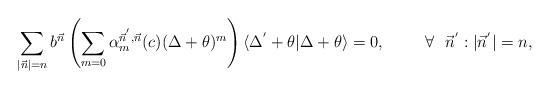
LaTeX: \begin{align*}\sum_{|\vec{n}|=n}b^{\vec{n}}\left(\sum_{m=0}\alpha_{m}^{\vec{n}^{'},\vec{n}}(c)(\Delta+\theta)^{m}\right)\langle\Delta^{'}+\theta|\Delta+\theta\rangle=0,\hspace{1cm}\forall\:\:\:\vec{n}^{'}:|\vec{n}^{'}|=n,\end{align*}